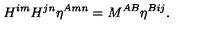
H ^ { i m } H ^ { j n } \eta ^ { A m n } = { M } ^ { A B } \eta ^ { B i j } .